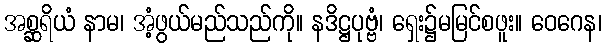
အစ္ဆရိယံ နာမ၊ အံ့ဖွယ်မည်သည်ကို။ နဒိဋ္ဌပုဗ္ဗံ၊ ရှေး၌မမြင်စဖူး။ ဝေဂေန၊